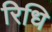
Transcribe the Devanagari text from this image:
रिधि